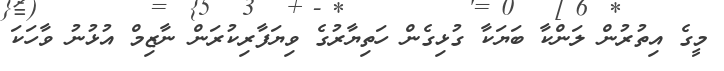
މީގެ އިތުރުން ލަންކާ ބަޔަކާ ގުޅިގެން ހަތިޔާރުގެ ވިޔަފާރިކުރަން ނާޒިމް އުޅުނު ވާހަކަ